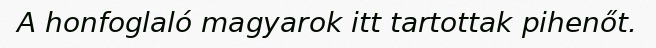
A honfoglaló magyarok itt tartottak pihenőt.